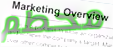
محطم